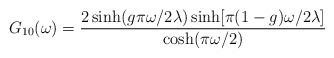
LaTeX: \begin{align*}G_{10}(\omega) =\frac{2\sinh(g\pi\omega/2\lambda)\sinh[\pi(1 - g)\omega/2\lambda]}{\cosh (\pi\omega/2)}\end{align*}